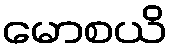
မောစယိ